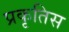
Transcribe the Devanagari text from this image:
प्रकृतिस